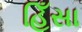
હિઁસા